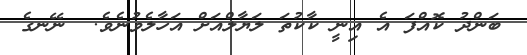
ބަންދު ކޮއްފަ އެ އިނީ ކާކުތަ ލަޔާލްއަށް އަހާލެވުނެވެ.  ނޭނގެ